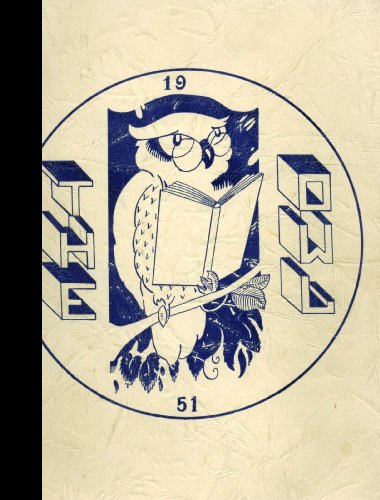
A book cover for (Reprint) 1951 Yearbook: Madawaska High School, Madawaska, Maine; Reference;